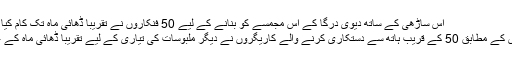
Image caption اس ساڑھی کے ساتھ دیوی درگا کے اس مجمسے کو بنانے کے لیے 50 فنکاروں نے تقریبا ڈھائی ماہ تک کام کیا
اخبار انڈین ایکسپریس کے مطابق 50 کے قریب ہاتھ سے دستکاری کرنے والے کاریگروں نے دیگر ملبوسات کی تیاری کے لیے تقریباً ڈھائی ماہ کے عرصے تک کام کیا۔